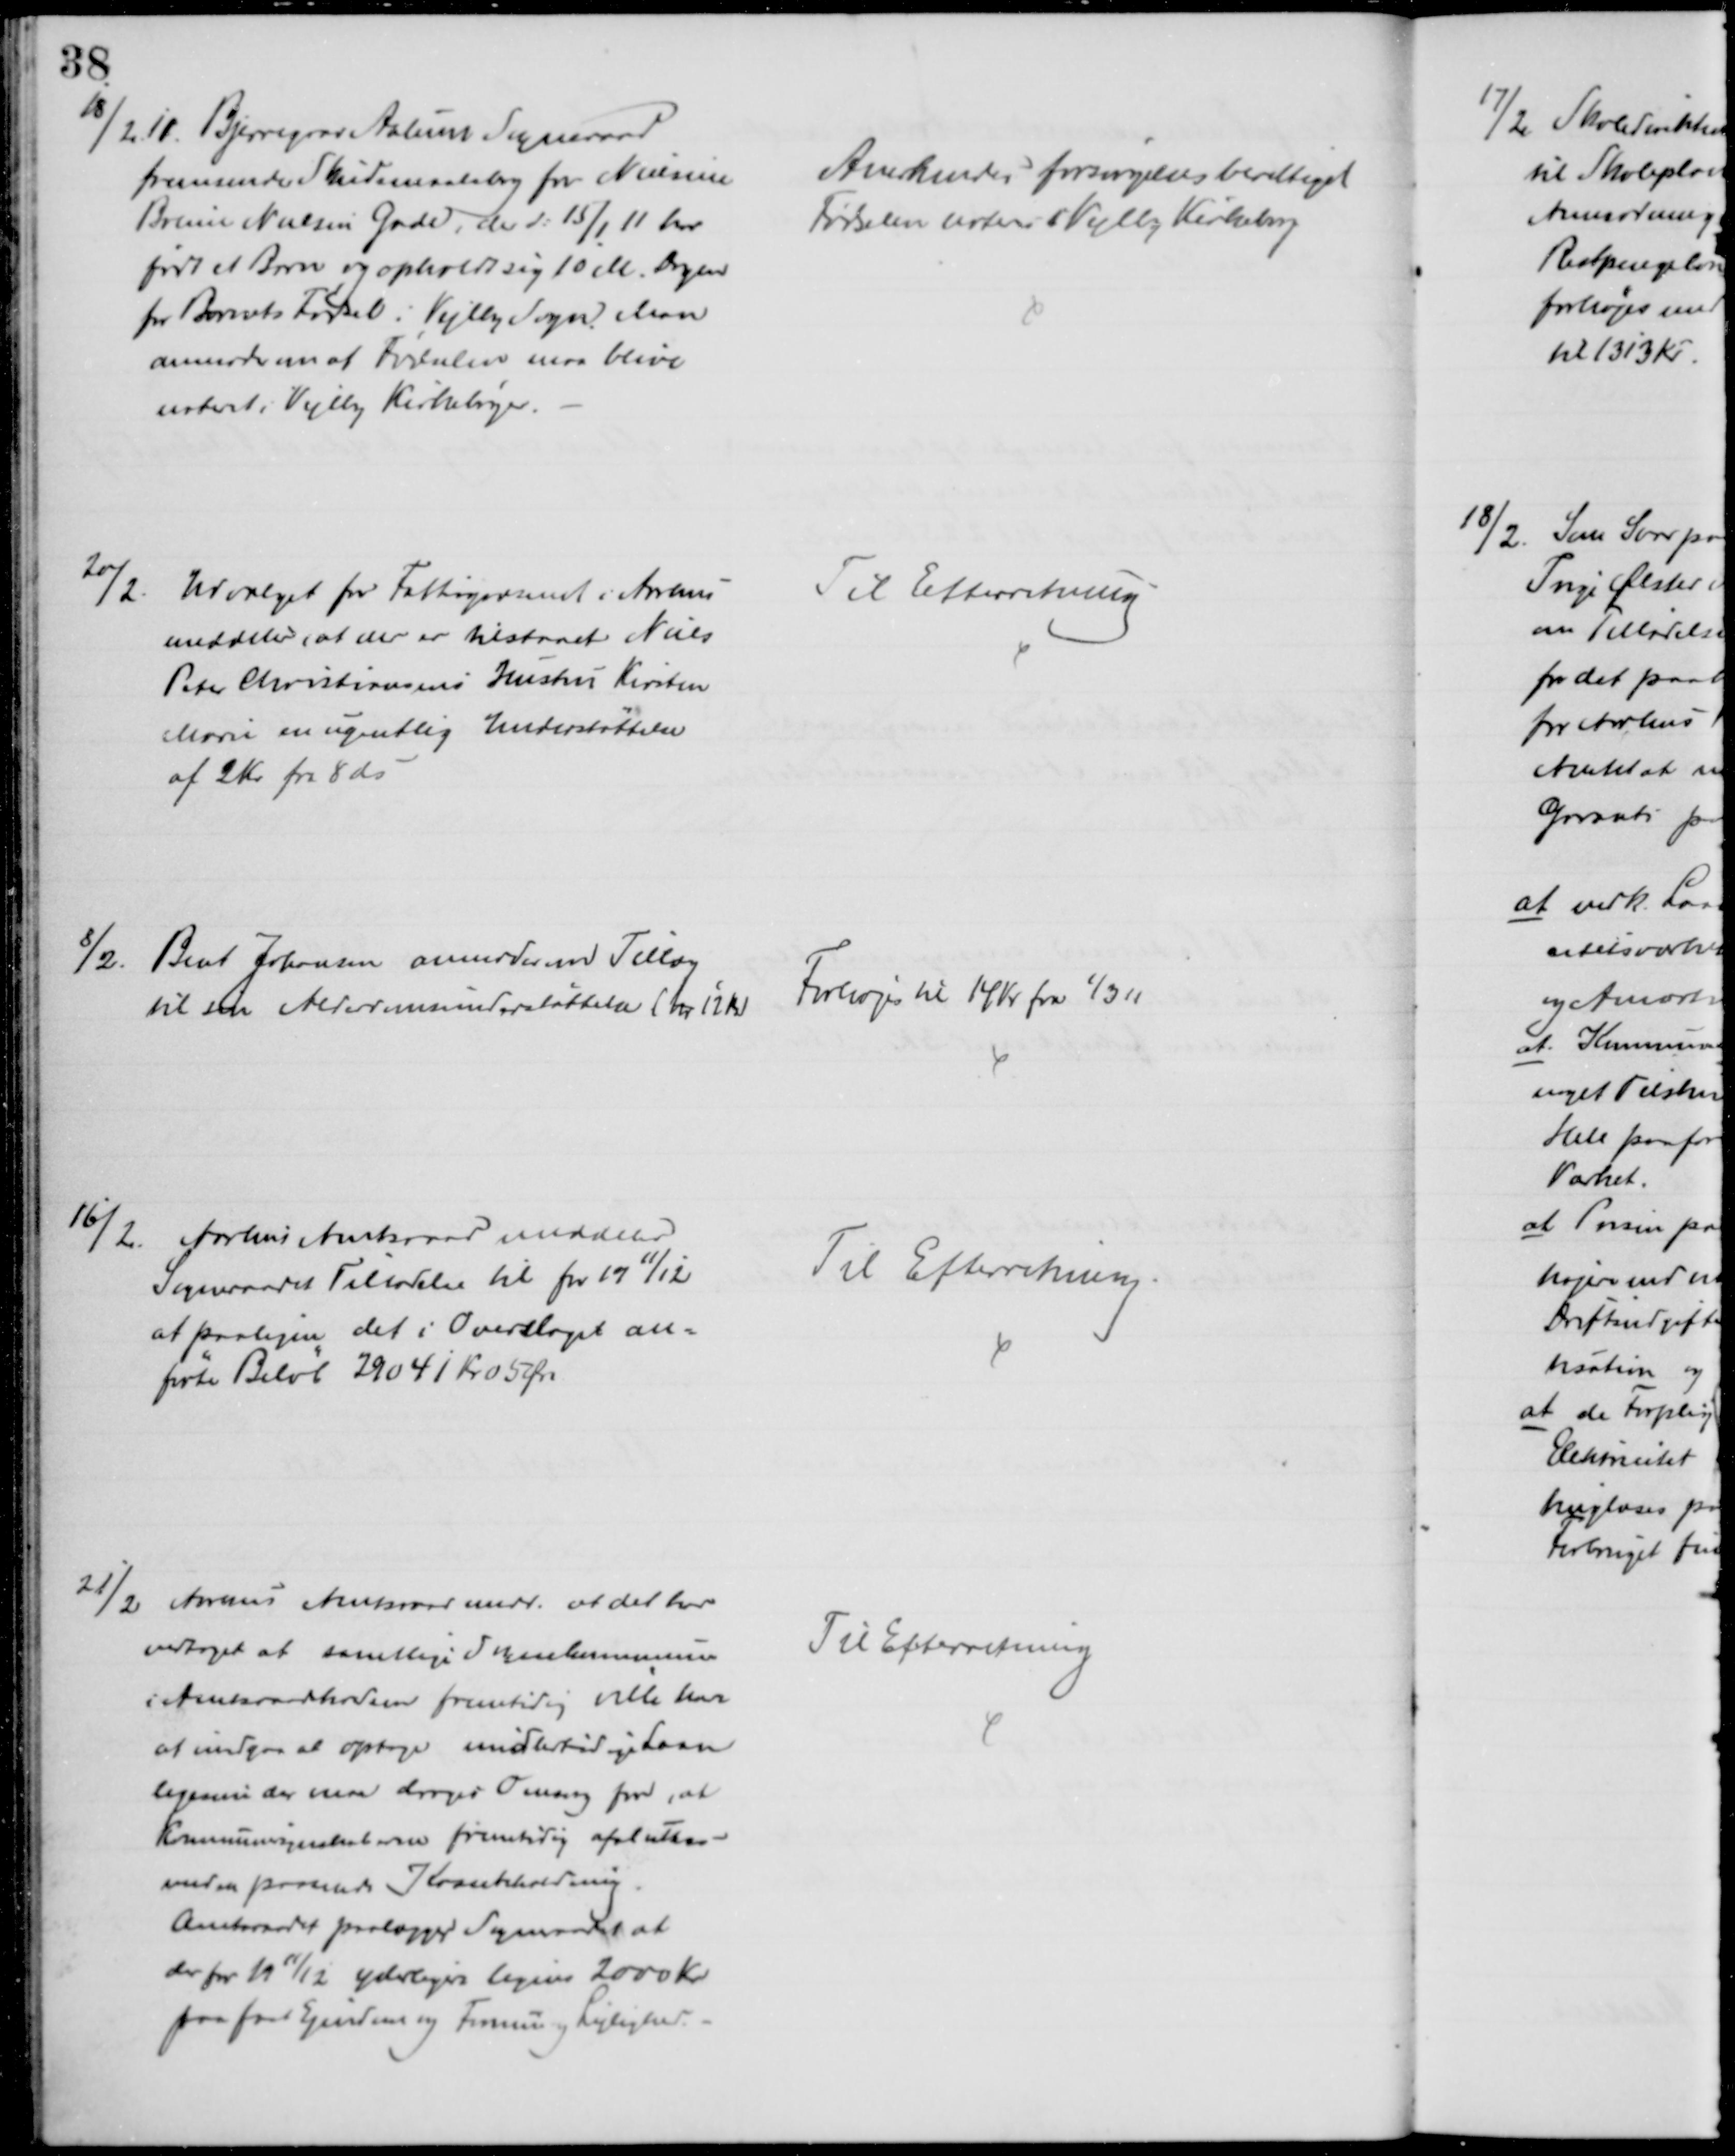
Transskription:
18/2 11. Bjerregrav Aalum Sogneraad
fremsender Skudsmaalsbog for Nielsine
Boline Nielsen Gade, der d: 15/1 11 har
født et Barn og opholdt sig 10 M. Dagen
for Barnets Fødsel i Vejlby Sogn. Man
anmoder om at Fødselen maa blive
noteret i Vejlby Kirkebøger.
Anerkendes forsørgelsesberettiget
Fødselen noteres i Vejlby Kirkebog
20/2.
Udvalget for Fattigvæsenet i Aarhus
meddeler, at der er tilstaaet Niels
Peter Christiansens Hustru Kirsten
Marie en ugentlig Understøttelse
af 2 Kr fra 8 ds
Til Efterretning
8/2.
Bent Johansen anmoder en Tillæg
til sin Alderdomsunderstøttelse (har 12 Kr)
Forhøjes til 14 Kr fra 1/3 11
16/2.
Aarhus Amtsraad meddeler
Sogneraadet Tilladelse til for 1911/12
at paaligne det i Overslaget an=
førte Beløb 29041 Kr 05 Øre
Til Efterretning.
21/2 Aarhus Amtsraad medd. at det har
vedtaget at samtlige Sognekommuner
i Amtsraadskredsen fremtidig ville have
at undgaa at optage midlertidige Laan
ligesom der maa drages Omsorg for, at
Kommuneregnskaberne fremtidig afsluttes
med en passende Kassebeholdning.
Amtsraadet paalægger Sogneraadet at
der for 1911/12 yderligere lignes 2000 Kr
paa fast Ejendom og Formue og Lejlighed.
Til Efterretning